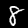
Label: 8